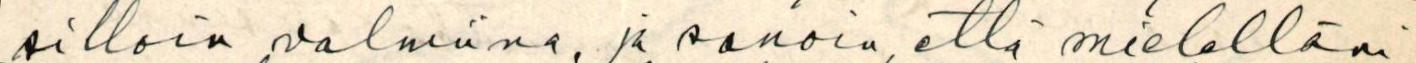
silloin valmiina, ja sanoin, että mielelläni